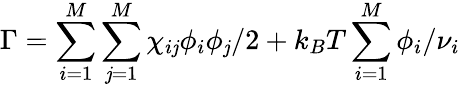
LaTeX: \Gamma=\sum_{i=1}^{M}\sum_{\mathit{j}=1}^{M}\chi_{i\mathit{j}}\phi_{i}\phi_{\mathit{j}}/2+k_{B}T\sum_{i=1}^{M}\phi_{i}/\nu_{i}